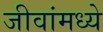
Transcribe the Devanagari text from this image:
जीवांमध्ये